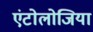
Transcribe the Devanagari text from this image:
एंटोलोजिया